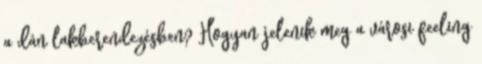
a dán lakberendezésben? Hogyan jelenik meg a városi feeling